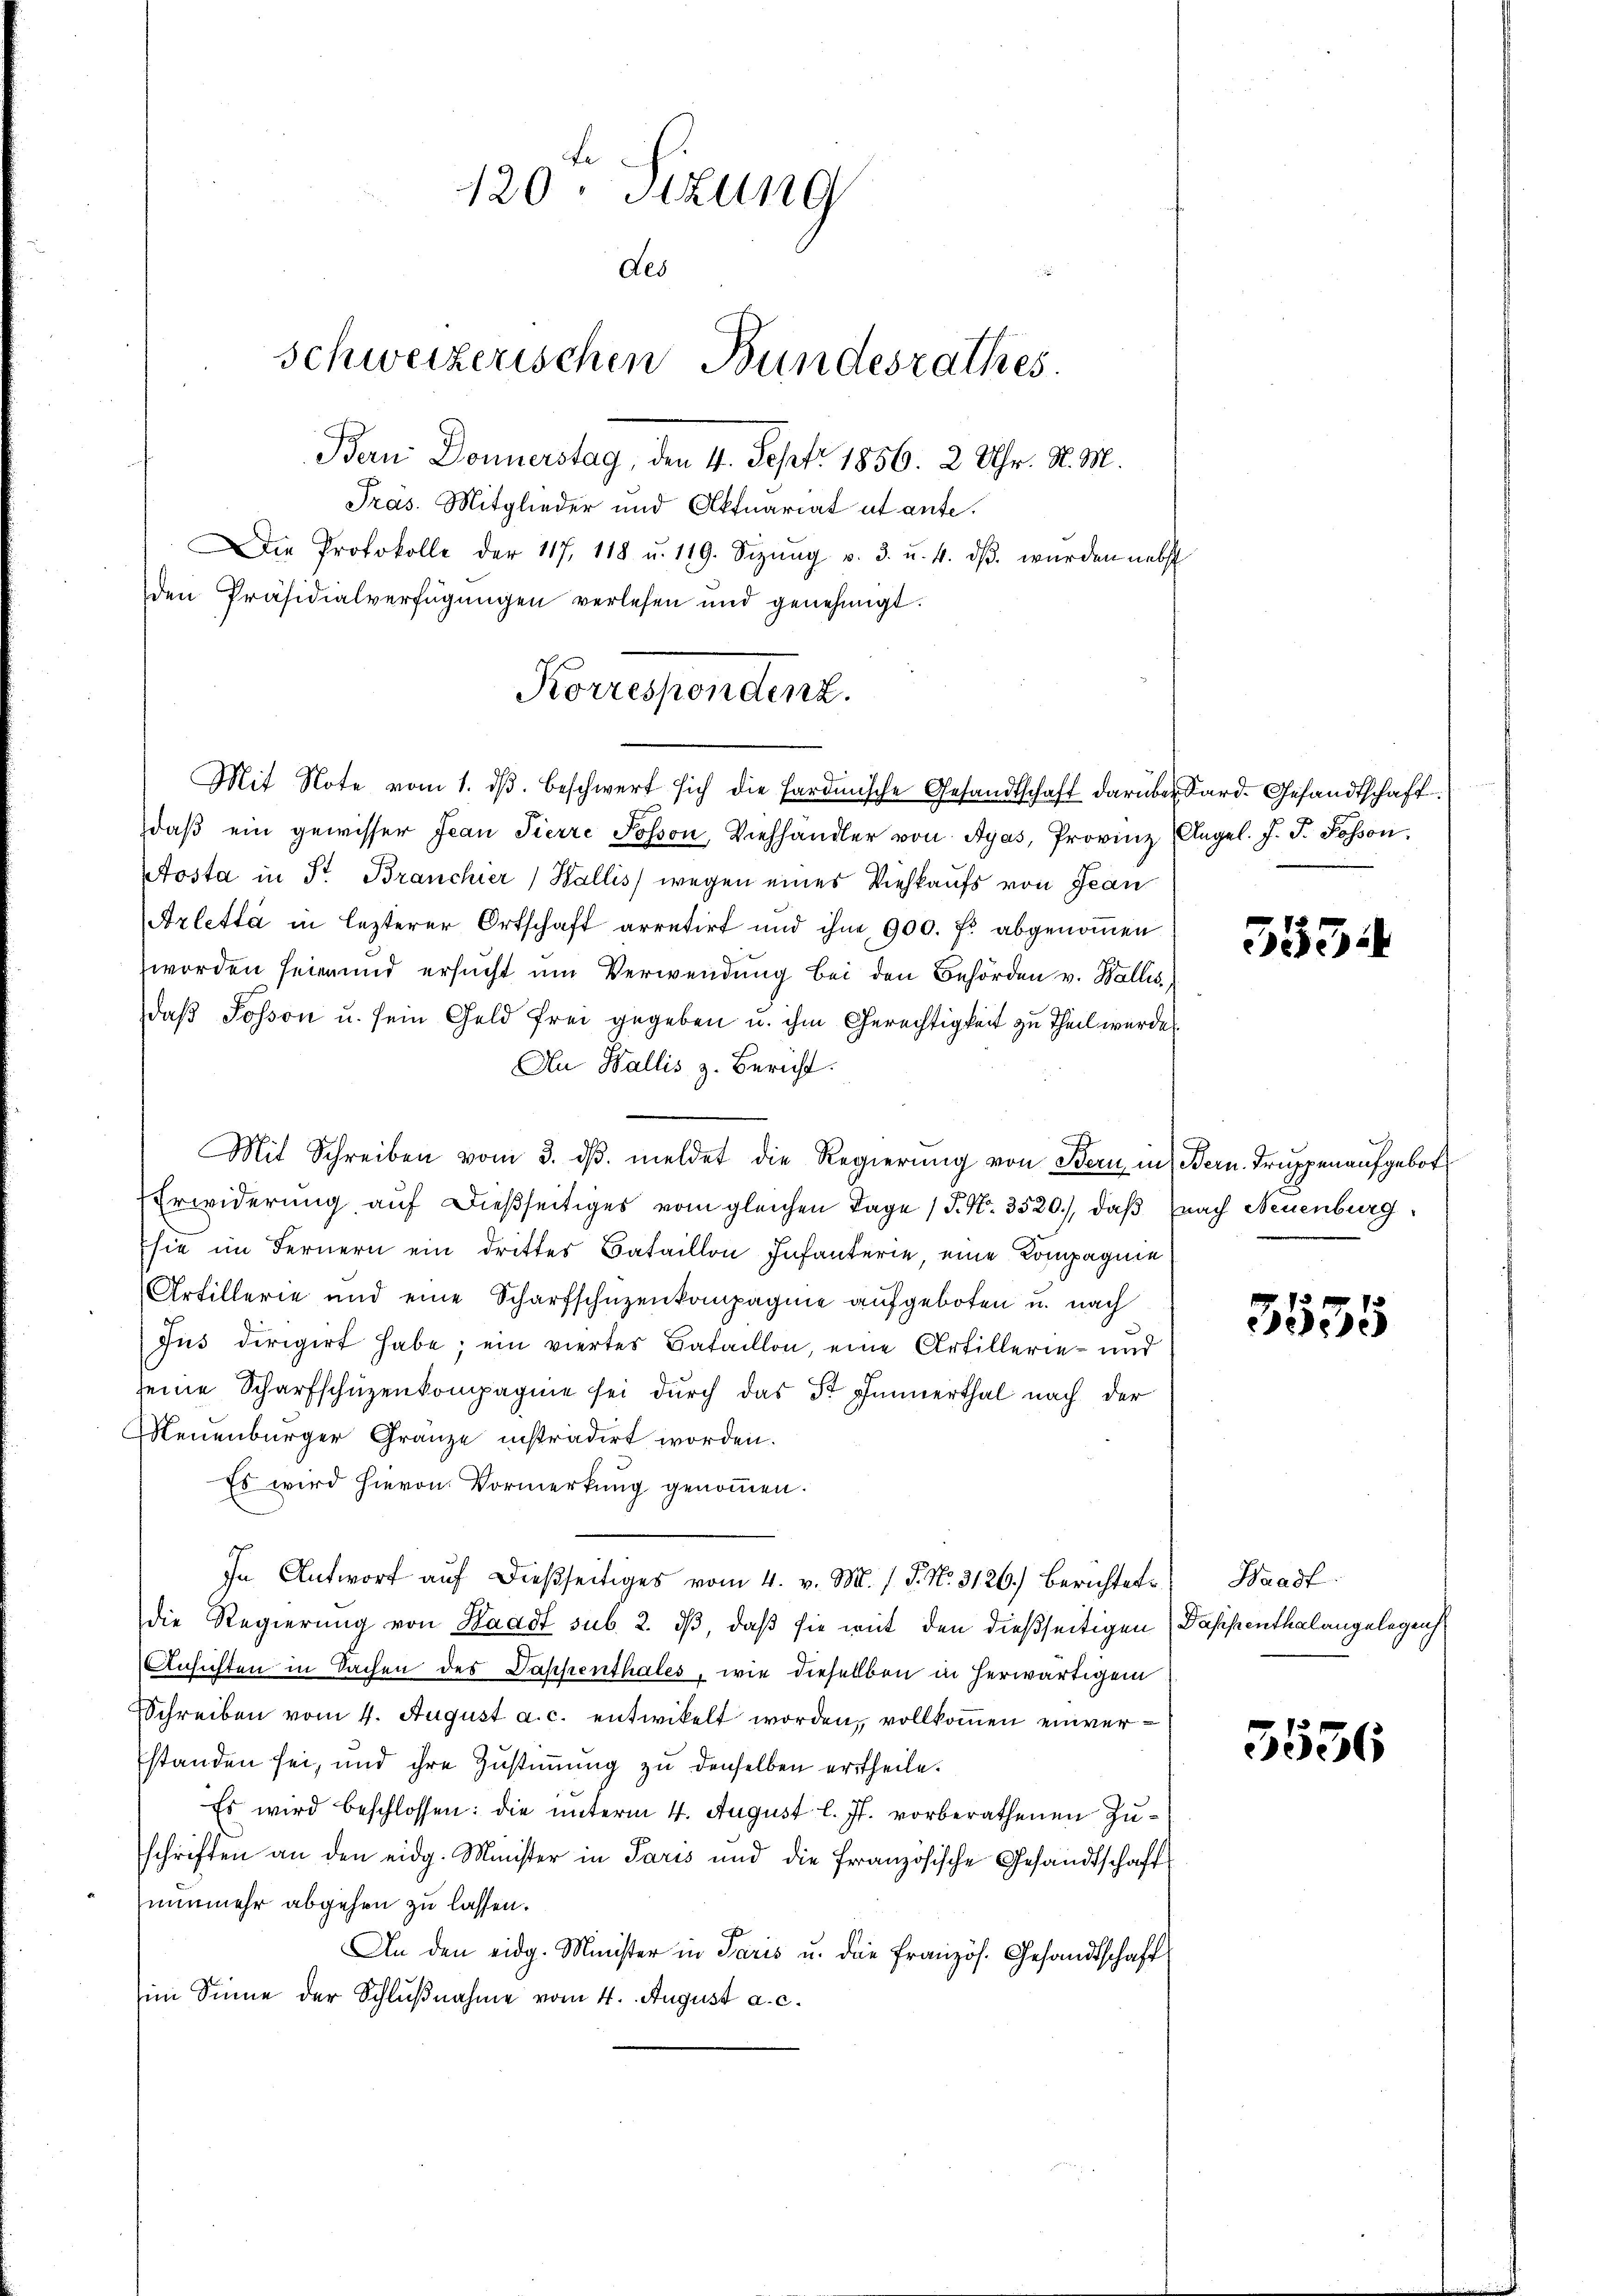
120. Sitzung
des
schweizerischen Bundesrathes.
Bern Donnerstag, den 4. Sept. 1856. 2 Uhr. S. M.
Präs. Mitglieder und Aktuariat et ante.

Die Protokolle der 117, 118 u. 119. Sizŭng v. 3. u. 4. dβ. wurden nebst
den Präsidialverfügungen verlesen und genehmigt.

Korrespendenz.
Mit Note vom 1. dβ beschwert sich die Hardmische Gesandtschaft darüber Sard. Gesandtschaft

daβ ein gewisser Jean Pierre Posson, Viehhändler von Agas, Provinz Angel. J. J. Posson,
Aosta in Sr. Branchier Wallis wegen eines Viehkaufs von Jean
Arletta in lezterer Ortschaft arretirt und ihn 900. fr. abgenommen
worden seien und ersucht um Verwendung bei den Behörden v. Wallis
daß Sosson u. sein Geld frei gegeben u. ihm Gerechtigkeit zu Theil wurde
An Wallis z. Bericht.
Mit Schreiben vom 3. dβ. meldet die Regierŭng von Bern in Bern. Truppenaufgebot
Erwiderung auf dießseitiges vom gleichen Tage / P. Nr. 3520.), daß nach Neuenburg
sie im Fernern ein drittes Bataillon Infanterie, eine Kompagnie
Artillerie und eine Scharfschüzenkompagnie aufgeboten u. nach
Jus dirigirt habe; ein viertes Bataillon, eine Artillerie- und
seine Scharfschüzenkompagnie sei durch das Dr Finnerthal nach der
Meuenburger Gränze instradirt worden.
Es wird hievon Vormerkung genommen.
In Antwort aŭf dießseitiges vom 4. v. M. / 5. No. 3126.) Berichtete Waadt
die Regierung von Waadt sub. 2. ds, daß sie weit den dießseitigen Dappenthalangelegenh
Ansichten in Sachen des Daphenthales, wie dieselben in herwärtigem
Schreiben vom 4. August a. c. entwickelt worden, vollkommen einverstanden sei, und ihre Zustimmung zu denselben ertheile.
Es wird beschlossen: die unterm 4. August l. Js. vorberathenen Zuschriften an den eidg. Minister in Paris und die französische Gesandtschaft
nunmehr abgehen zu lassen.
An den eidg. Minister in Paris u. die französ. Gesandtschaft
im Sinne der Schlußnahme vom 4. August a. c.

553.

3535

3536